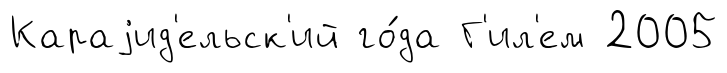
Караjид'ельск'ий го́да Г'ил'ем 2005